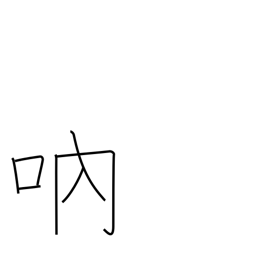
Meaning: stutter